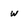
Character: w